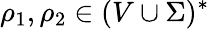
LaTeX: \rho_{1},\rho_{2}\in(V\cup\Sigma)^{*}